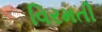
વિરમતી